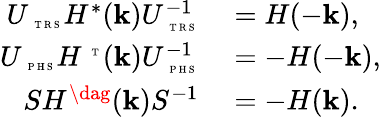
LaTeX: \begin{array}{rl}{U_{\mathrm{~\tiny~T~R~S~}}H^{*}(\textbf{k})U_{\mathrm{~\tiny~T~R~S~}}^{-1}}&{{}=H(-\textbf{k}),}\\ {U_{\mathrm{~\tiny~P~H~S~}}H^{\mathrm{~\tiny~T~}}(\textbf{k})U_{\mathrm{~\tiny~P~H~S~}}^{-1}}&{{}=-H(-\textbf{k}),}\\ {SH^{\dag}(\textbf{k})S^{-1}}&{{}=-H(\textbf{k}).}\end{array}